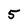
Character: 5